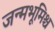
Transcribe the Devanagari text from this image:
जन्मभूमिश्च